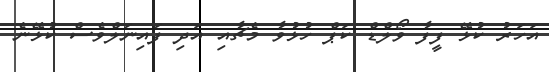
އަހަރު ކުޅޭ ފީފާ ވޯލްޑް ކަޕް ހުޅުވާ މެޗާއި އަދި ފައިނަލްވެސް ކުޅޭނެ